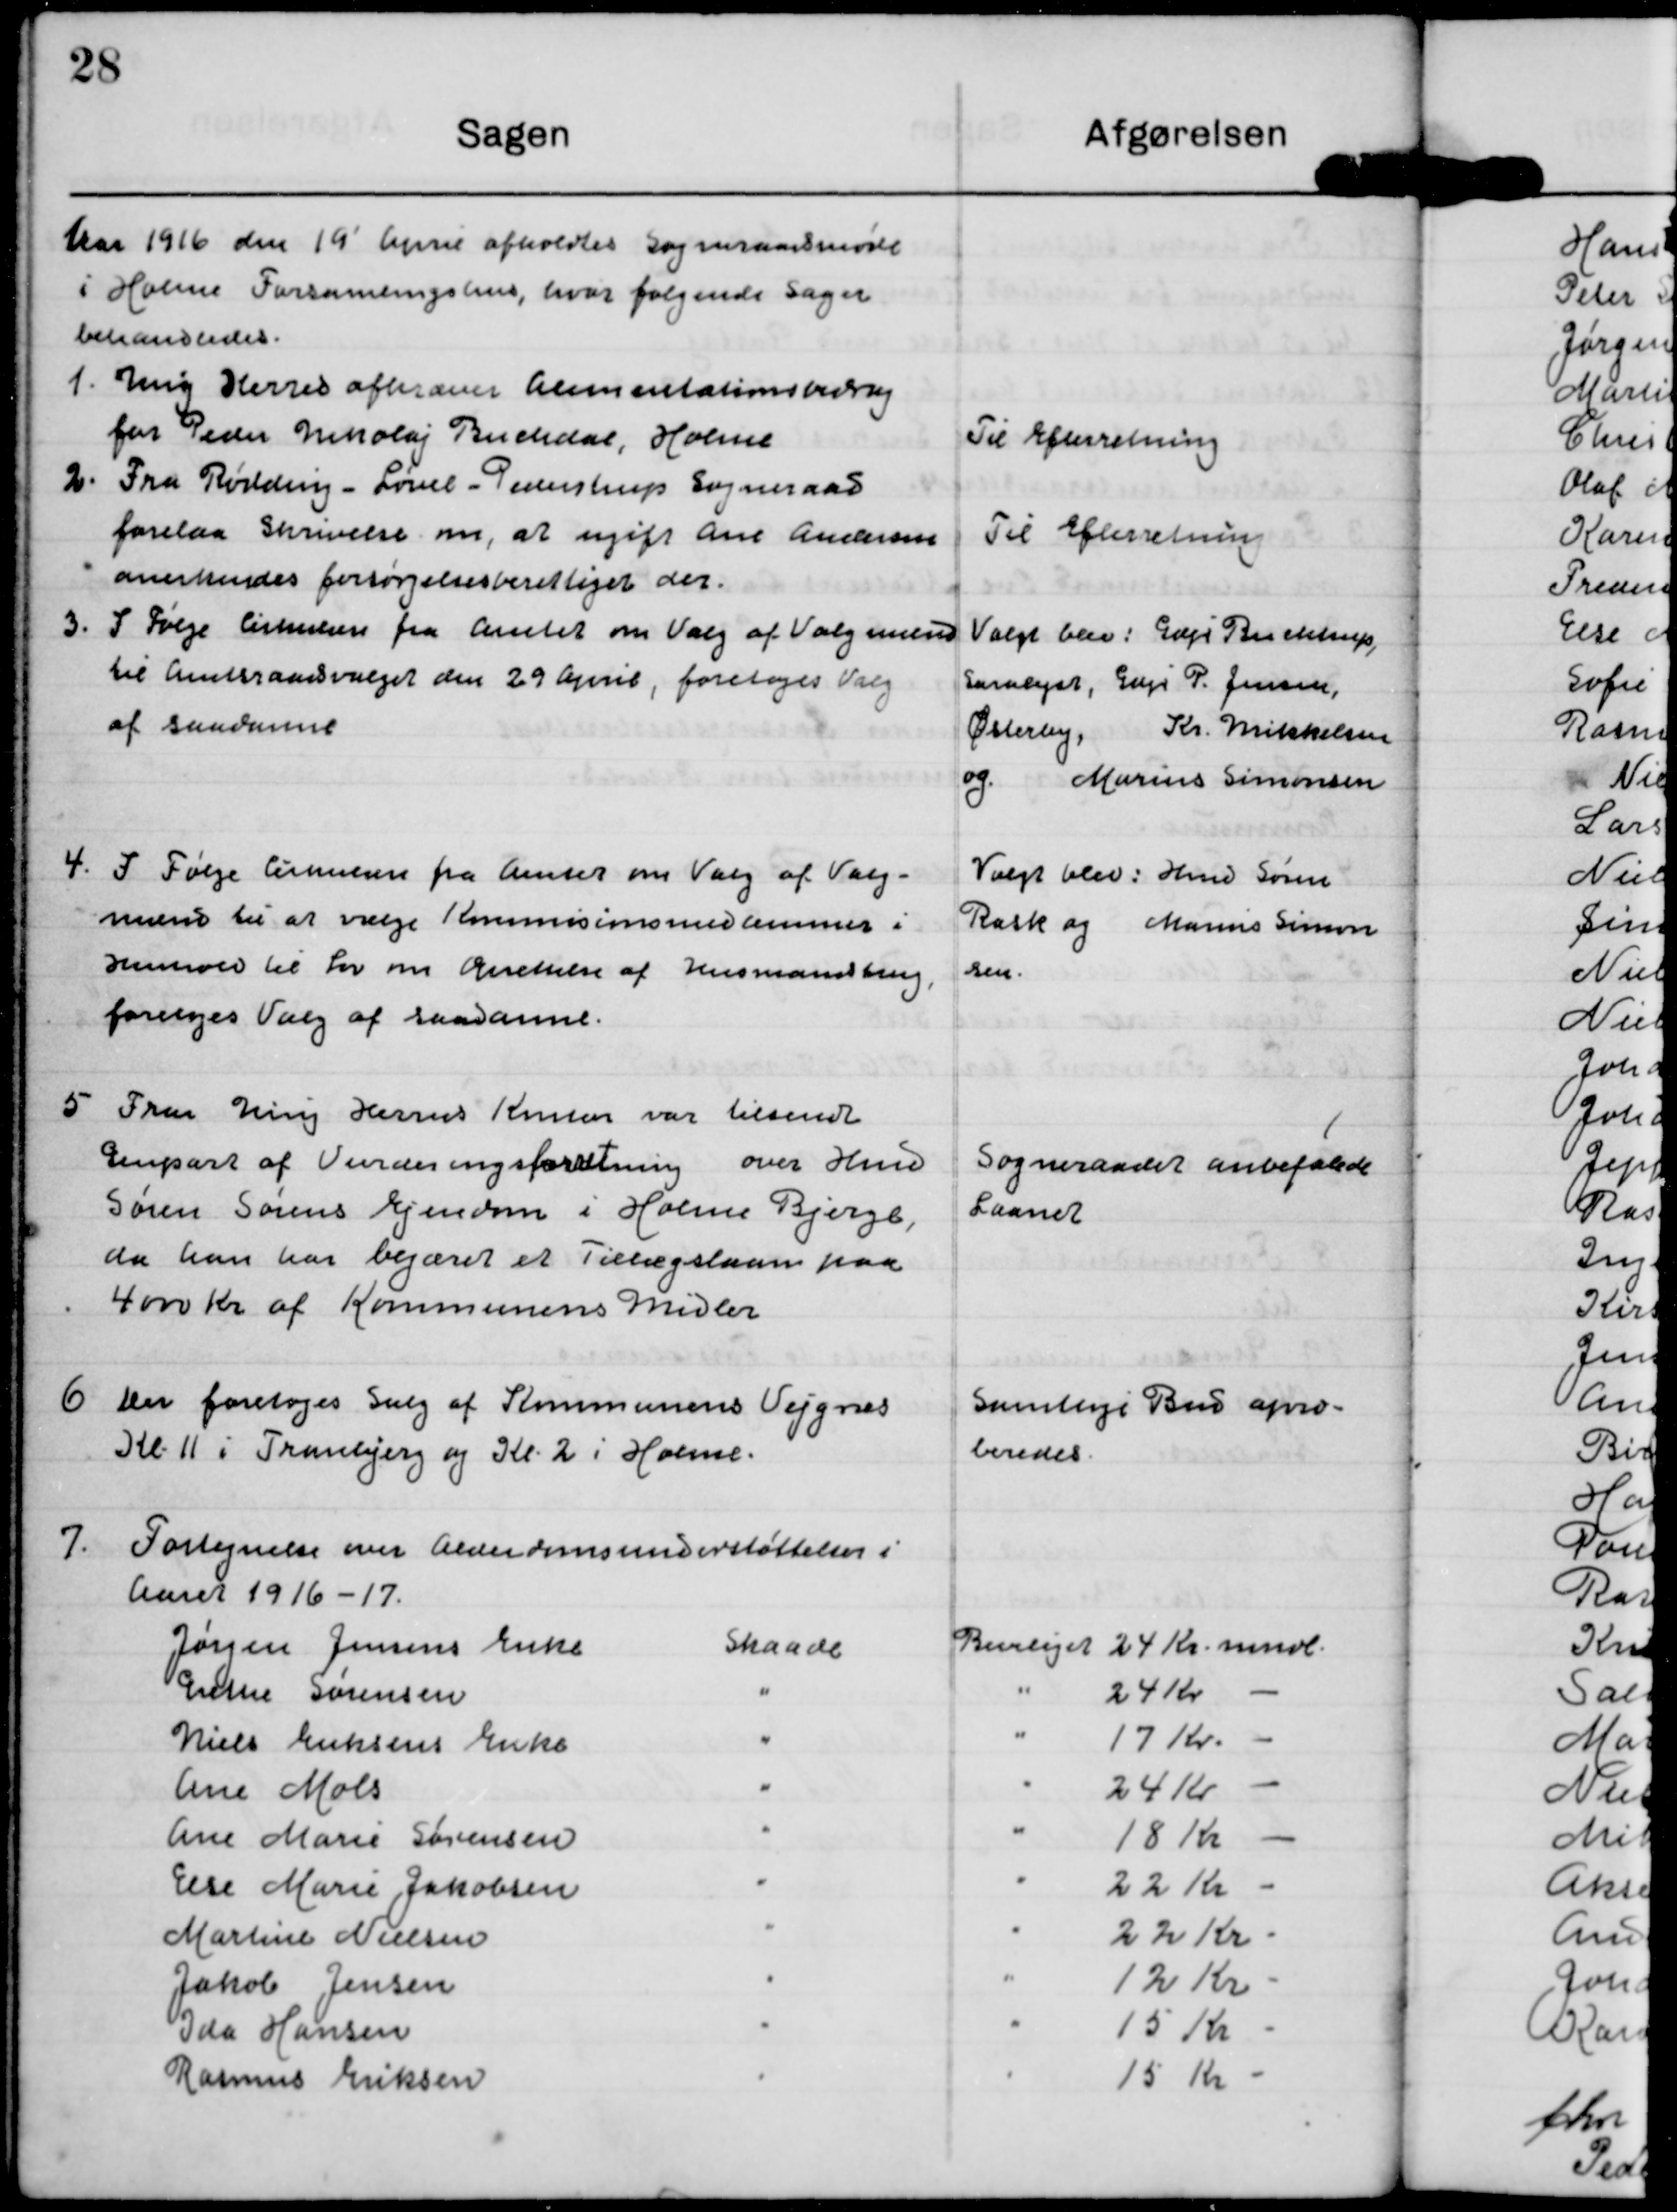
Transskription:
Aar 1916 den 19' April afholdtes Sogneraadsmøde
i Holme Forsamlingshus, hvor følgende Sager
behandledes.

1. Ung Herres afhræver Aimentationsbidrug
for Peder Inholaj Ruchdal, Holme

Til Efterretning

2. Fra Rolding - Lørel-Jedrstrup Sogneraad
forelaa Skrivelse om at ugift An Andersen
anerkendes forsørgelsesberettiget der.

Til Efterretning

3. I Følge Cirkulære fra Amtet om Valg af Valg muns
til Amtsraadsvalget den 29 Ajerib, foretoges Valg
af Bandne

Valgt blev: Gdjr Buchtrup,
Saralyst, Gdjr P. Jensen,
Østerby,   Kr. Mikkelsen
og Marius Simonsen

4. I Følge Cirkulære fra Amter om Valg af Valg-
mænd til at vælge Kommisionsmedlemmer i
Henhold til Lov om Oprettelse af Husmandbrug
foretoges Valg af saadanne.

Valgt blev : Hmd Søren
Rask og Marius Simon
sen.

5 Frur Ming Herreds Knsen var tilsendt
Genpart af Vurderingsforetning over Hun
Søen Sorens Ejendom i Holme Bjerge
da han har begæret et Tillægslaan paa
4000 kr af Kommunens Midler

Sogneraadet anbefalede
Laanet

6 Der foretoges salg af Kommunens Vejgnes
Kl 11 i Tranbjerg og Kl. 2 i Holme.

Samlige Bud apro-
beredes.

7. Fortegnelse over Alderdomsunderstøttelser i
Aaret 1916-17.
Jørgen Jensens Enke
Skaade
Beviliget 24 Kr. mndl.
Grethe Sørensen
24 Kr
Niels Eriksens Enke
17 Kr.
Ane Mols
24 Kr
Ane Marie Sørensen
18 Kr
Else Marie Jakobsen
22 Kr
Martine Nielsen
22 Kr
Jakob Jensen
12 Kr
Ida Hansen
15 Kr
Rasmus Eriksen
15 Kr